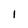
Character: 1